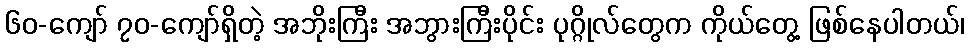
၆၀-ကျော် ၇၀-ကျော်ရှိတဲ့ အဘိုးကြီး အဘွားကြီးပိုင်း ပုဂ္ဂိုလ်တွေက ကိုယ်တွေ့ ဖြစ်နေပါတယ်၊